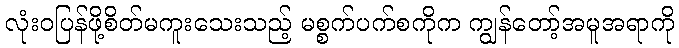
လုံးဝပြန်ဖို့စိတ်မကူးသေးသည့် မစ္စက်ပက်စကိုက ကျွန်တော့်အမူအရာကို